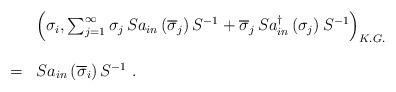
LaTeX: \begin{align*}\begin{array}{lll}&\ &\left(\sigma_i,\sum_{j=1}^{\infty}\sigma_j\,Sa_{in}\left(\overline{\sigma}_j\right)S^{-1}+\overline{\sigma}_j\,Sa_{in}^{\dagger}\left(\sigma_j\right)S^{-1}\right)_{K.G.}\\\\&=&Sa_{in}\left(\overline{\sigma}_i\right)S^{-1}\;.\end{array}\end{align*}